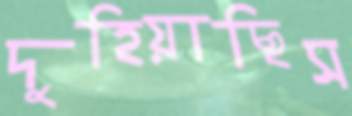
দুহিয়াছিস